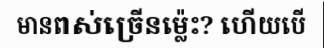
មានពស់ច្រើនម្ល៉េះ? ហើយបើ